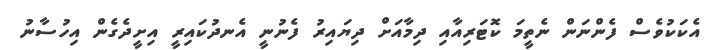
އެކަކުވެސް ފެންނަން ނެތީމަ ކޮޓަރިއާއި ދިމާއަށް ދިޔައިރު ފެނުނީ އެނދުކައިރީ އިށީދެގެން އިހުސާނު